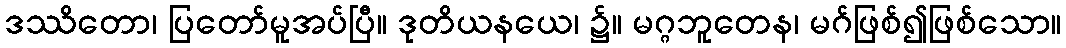
ဒဿိတော၊ ပြတော်မူအပ်ပြီ။ ဒုတိယနယေ၊ ၌။ မဂ္ဂဘူတေန၊ မဂ်ဖြစ်၍ဖြစ်သော။